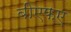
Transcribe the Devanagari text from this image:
बीएफए